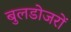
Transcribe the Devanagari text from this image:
बुलडोजरों